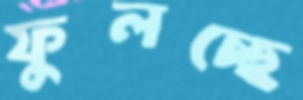
ফুলচ্ছে